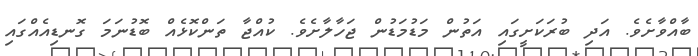
ބާއްވާށެވެ. އަދި ބުރަކަށީގައި އަތުން މަޑުމަޑުން ޖަހާލާށެވެ. ކުއްޖާ ތަންކޮޅެއް ބޮޑުނަމަ ގޮނޑިއެއްގައި